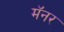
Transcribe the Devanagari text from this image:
मॅनर